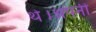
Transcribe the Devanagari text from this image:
थे।अपनी